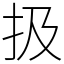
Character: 扱